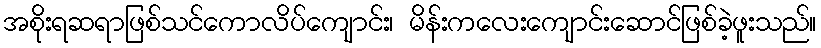
အစိုးရဆရာဖြစ်သင်ကောလိပ်ကျောင်း၊ မိန်းကလေးကျောင်းဆောင်ဖြစ်ခဲ့ဖူးသည်။